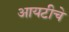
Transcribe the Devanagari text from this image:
आयटीचे